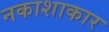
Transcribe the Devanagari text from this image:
नकाशाकार